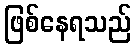
ဖြစ်နေရသည်